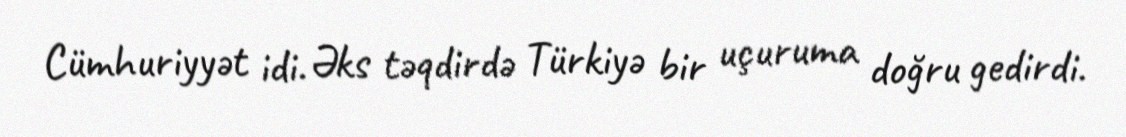
Cümhuriyyət idi. Əks təqdirdə Türkiyə bir uçuruma doğru gedirdi.